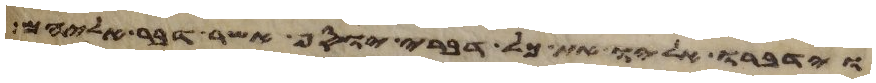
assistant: וידברו אליו את כל דברי יוסף אשר דבר אליהם